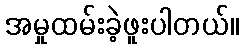
အမှုထမ်းခဲ့ဖူးပါတယ်။